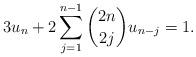
LaTeX: \begin{align*}3u_n+2 \sum_{j=1}^{n-1} \binom{2n}{2j}u_{n-j}=1 .\end{align*}